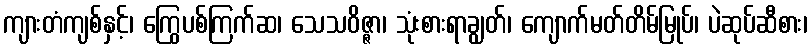
ကျားတံကျစ်နှင့်၊ ကြွေပစ်ကြက်ဆ၊ သေသဝိဇ္ဇာ၊ သုံးစားရာချွတ်၊ ကျောက်မတ်တိမ်မြုပ်၊ ပဲဆုပ်ဆီစား၊